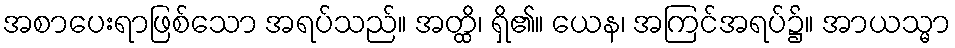
အစာပေးရာဖြစ်သော အရပ်သည်။ အတ္ထိ၊ ရှိ၏။ ယေန၊ အကြင်အရပ်၌။ အာယသ္မာ